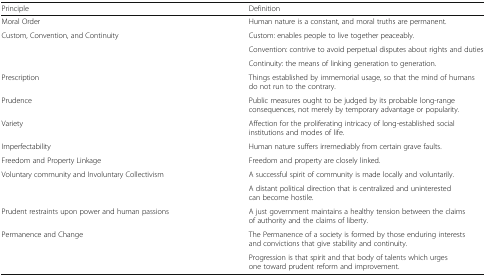
| Principle | Definition |
 | --- | --- |
 | Moral Order | Human nature is a constant, and moral truths are permanent. |
 | <ROWSPAN=3> Custom, Convention, and Continuity | Custom: enables people to live together peaceably. |
 | Convention: contrive to avoid perpetual disputes about rights and duties |
 | Continuity: the means of linking generation to generation. |
 | Prescription | Things established by immemorial usage, so that the mind of humans do not run to the contrary. |
 | Prudence | Public measures ought to be judged by its probable long-range consequences, not merely by temporary advantage or popularity. |
 | Variety | Affection for the proliferating intricacy of long-established social institutions and modes of life. |
 | Imperfectability | Human nature suffers irremediably from certain grave faults. |
 | Freedom and Property Linkage | Freedom and property are closely linked. |
 | <ROWSPAN=2> Voluntary community and Involuntary Collectivism | A successful spirit of community is made locally and voluntarily. |
 | A distant political direction that is centralized and uninterested can become hostile. |
 | Prudent restraints upon power and human passions | A just government maintains a healthy tension between the claims of authority and the claims of liberty. |
 | <ROWSPAN=2> Permanence and Change | The Permanence of a society is formed by those enduring interests and convictions that give stability and continuity. |
 | Progression is that spirit and that body of talents which urges one toward prudent reform and improvement. |